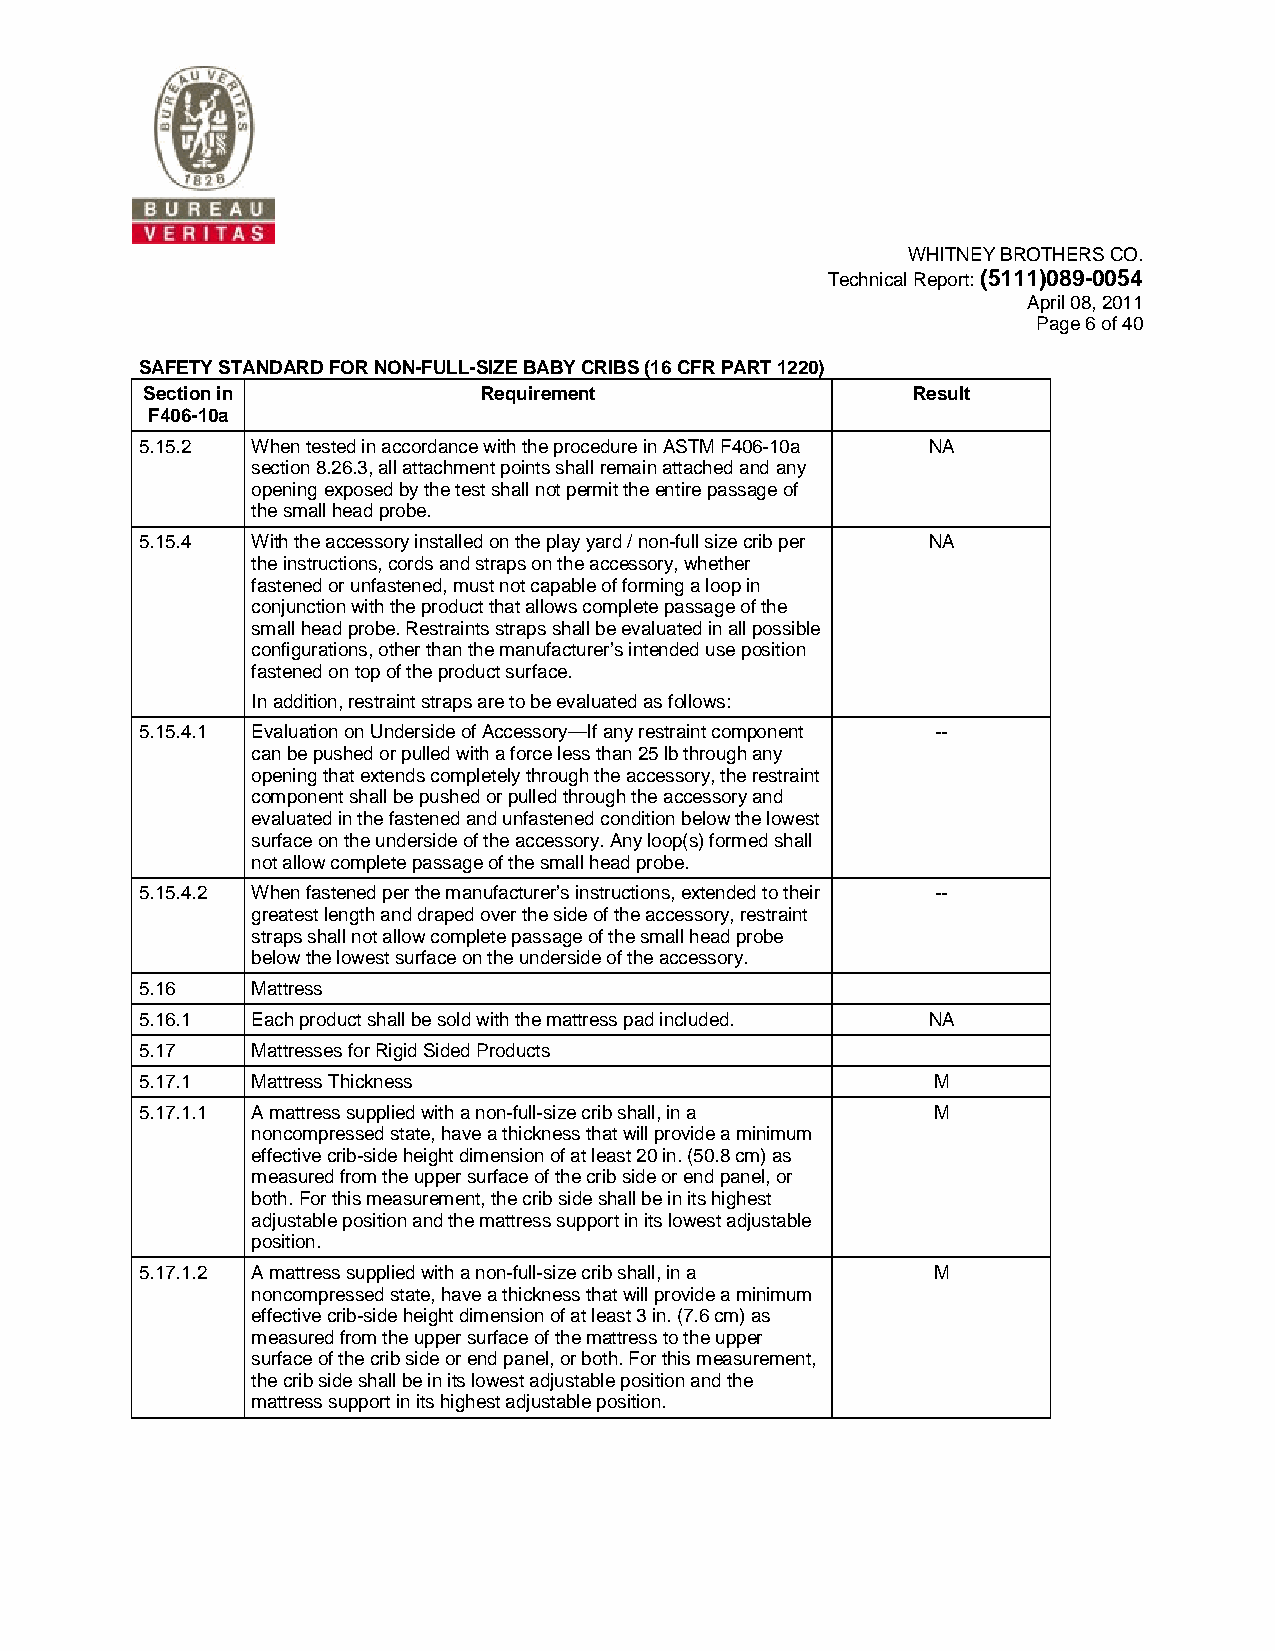
WHITNEY BROTHERS CO.
 Technical Report: (5111)089-0054
 April 08, 2011
 Page 6 of 40
 SAFETY STANDARD FOR NON-FULL-SIZE BABY CRIBS (16 CFR PART 1220)
 Section in             Requirement                 Result
 F406-10a
 5.15.2  When tested in accordance with the procedure in ASTM F406-10a NA
 section 8.26.3, all attachment points shall remain attached and any
 opening exposed by the test shall not permit the entire passage of
 the small head probe.
 5.15.4  With the accessory installed on the play yard / non-full size crib per NA
 the instructions, cords and straps on the accessory, whether
 fastened or unfastened, must not capable of forming a loop in
 conjunction with the product that allows complete passage of the
 small head probe. Restraints straps shall be evaluated in all possible
 configurations, other than the manufacturer’s intended use position
 fastened on top of the product surface.
 In addition, restraint straps are to be evaluated as follows:
 5.15.4.1 Evaluation on Underside of Accessory—If any restraint component --
 can be pushed or pulled with a force less than 25 lb through any
 opening that extends completely through the accessory, the restraint
 component shall be pushed or pulled through the accessory and
 evaluated in the fastened and unfastened condition below the lowest
 surface on the underside of the accessory. Any loop(s) formed shall
 not allow complete passage of the small head probe.
 5.15.4.2 When fastened per the manufacturer’s instructions, extended to their --
 greatest length and draped over the side of the accessory, restraint
 straps shall not allow complete passage of the small head probe
 below the lowest surface on the underside of the accessory.
 5.16    Mattress
 5.16.1  Each product shall be sold with the mattress pad included. NA
 5.17    Mattresses for Rigid Sided Products
 5.17.1  Mattress Thickness                           M
 5.17.1.1 A mattress supplied with a non-full-size crib shall, in a M
 noncompressed state, have a thickness that will provide a minimum
 effective crib-side height dimension of at least 20 in. (50.8 cm) as
 measured from the upper surface of the crib side or end panel, or
 both. For this measurement, the crib side shall be in its highest
 adjustable position and the mattress support in its lowest adjustable
 position.
 5.17.1.2 A mattress supplied with a non-full-size crib shall, in a M
 noncompressed state, have a thickness that will provide a minimum
 effective crib-side height dimension of at least 3 in. (7.6 cm) as
 measured from the upper surface of the mattress to the upper
 surface of the crib side or end panel, or both. For this measurement,
 the crib side shall be in its lowest adjustable position and the
 mattress support in its highest adjustable position.